Lunatic asylums Madras 1892-1911 - 1892-1911
Year: 1892
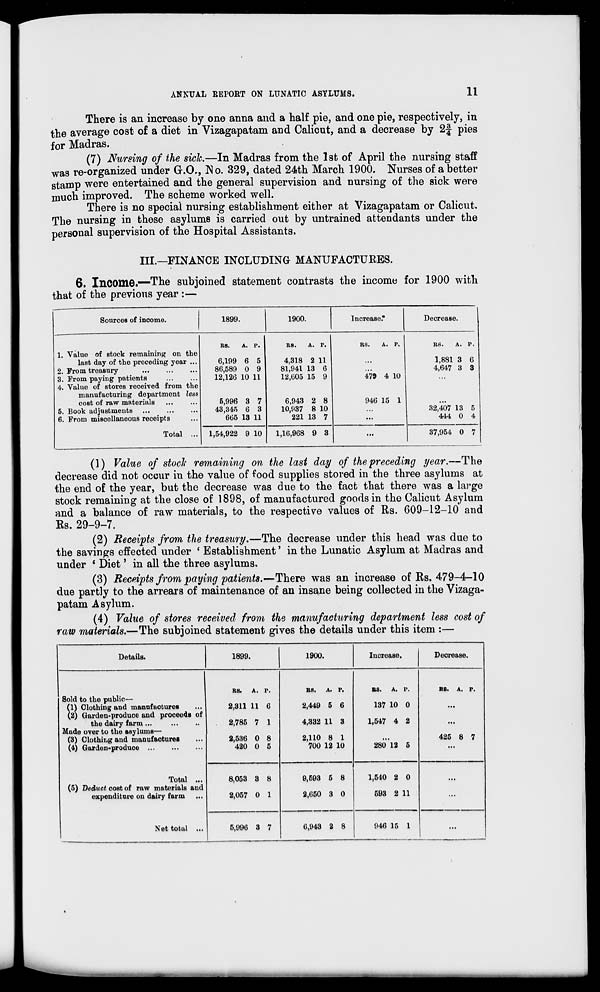
ANNUAL REPORT ON LUNATIC ASYLUMS.
11
There is an increase by one anna and a half pie, and one pie, respectively, in
the average cost of a diet in Vizagapatam and Calicut, and a decrease by 2§ pies
for Madras.
(7) Nursing of the sick.—In Madras from the 1st of April the nursing staff
was re-organized under Gr.O., No. 329, dated 24th March 1900. Nurses of a better
stamp were entertained and the general supervision and nursing of the sick were
much improved. The scheme worked well.
There is no special nursing establishment either at Vizagapatam or Calicut.
The nursing in these asylums is carried out by untrained attendants under the
personal supervision of the Hospital Assistants.
III.—FINANCE INCLUDING MANUFACTURES.
6. Income."—The subjoined statement contrasts the income for 1900 with
that of the previous year :—
SonrceB of income.
1899.
1900.
Increase."
Decrease.
\
RS.
A. P.
RS.
A. P.
RS.
A. P.
RS.
A. P.
1. Value of stock remaining on the
last day of the preceding year ...
6,199 6 5
4,318 2 11
...
1,881 3 6
2. Prom treasury
86,589 0 9
81,941 13 6
...
4,647 3 3
3. Prom paying patients
12,126 10 11
12,605 15 9
479 4 10
4. Value of stores received from the
manufacturing department less
cost of raw materials
5,996 3 7
6,943 2 8
946 15 1
...
5. Book adjustments ...
43,345 6 3
10,937 8 10
32,407 13 5
6. From miscellaneous receipts
Total ...
665 13 11
221 13 7
...
444 0 4
1,54,922 9 10
1,16,968 9 3
...
37,954 0 7
(1) Value of stock remaining on the last day of the preceding year.—The
decrease did not occur in the value of food supplies stored in the three asylums at
the end of the year, but the decrease was due to the fact that there was a large
stock remaining at the close of 1898, of manufactured goods in the Calicut Asylum
and a balance of raw materials, to the respective values of Rs. 609-12-10 and
Rs. 29-9-7.
(2) Receipts from the treasury.—The decrease under this head was due to
the savings effected under ' Establishment' in the Lunatic Asylum at Madras and
under * Diet' in all the three asylums.
(3) Receipts from paying patients.—There was an increase of Rs. 479-4-10
due partly to the arrears of maintenance of an insane being collected in the Vizaga-
patam Asylum.
(4) Value of stores received from the manufacturing department less cost of
raw materials.—The subjoined statement gives the details under this item :—
Details.
1899.
1900.
Increase.
Decrease
Sold to the public—
(1) Clothing and manufactures
(2) Garden-produce and proceeds of
the dairy farm ...
Made over to the asylums—
(3) Clothing and manufactures
(4) liar.Ion-produce
Total ...
(5) Deduct cost of raw materials and
expenditure on dairy farm
Net total ...
RS.
A.
2,311 11
2,785 7
2,536 0
420 0
p.
6
1
8
5
R8.
A. P.
2,449 5 6
4,332 11 3
2,110 8 1
700 12 10
US.
A. P.
137 10 0
1,547 4 2
280 12 5
R8. A.
425 8
p.
7
8,053 3
2,057 0
8
1
9,593 5 8
2,650 3 0
1,540 2 0
593 2 11
...
5,996 3 7
6,943 2 8
946 15 1
...